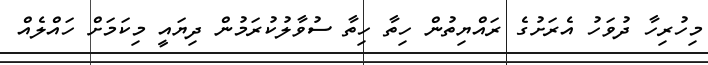
މިހުރިހާ ދުވަހު އެރަށުގެ ރައްޔިތުން ހިތާ ހިތާ ސުވާލުކުރަމުން ދިޔައީ މިކަމަށް ހައްލެއް